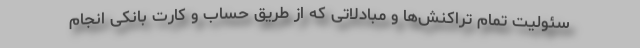
سئولیت تمام تراکنش‌ها و مبادلاتی که از طریق حساب و کارت بانکی انجام